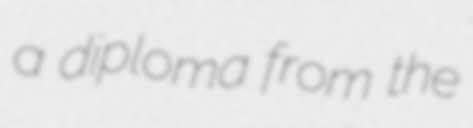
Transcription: a diploma from the